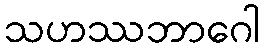
သဟဿဘာဂေါ